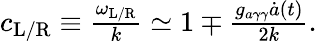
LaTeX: \begin{array}{r}{c_{\mathrm{L}/\mathrm{R}}\equiv\frac{\omega_{\mathrm{L}/\mathrm{R}}}{k}\simeq 1\mp\frac{g_{a\gamma\gamma}\dot{a}(t)}{2k}.}\end{array}